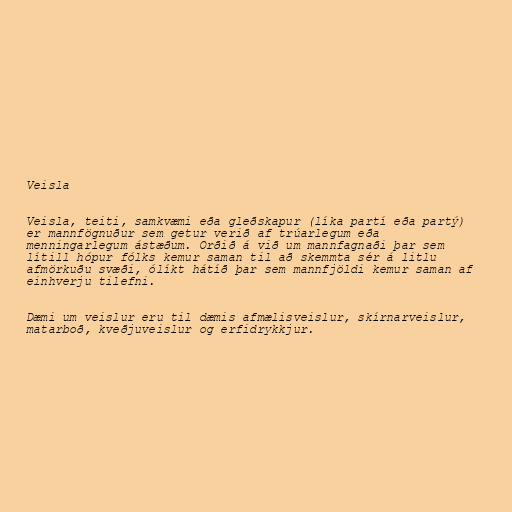
Veisla

Veisla, teiti, samkvæmi eða gleðskapur (líka partí eða partý)
er mannfögnuður sem getur verið af trúarlegum eða
menningarlegum ástæðum. Orðið á við um mannfagnaði þar sem
lítill hópur fólks kemur saman til að skemmta sér á litlu
afmörkuðu svæði, ólíkt hátíð þar sem mannfjöldi kemur saman af
einhverju tilefni.

Dæmi um veislur eru til dæmis afmælisveislur, skírnarveislur,
matarboð, kveðjuveislur og erfidrykkjur.